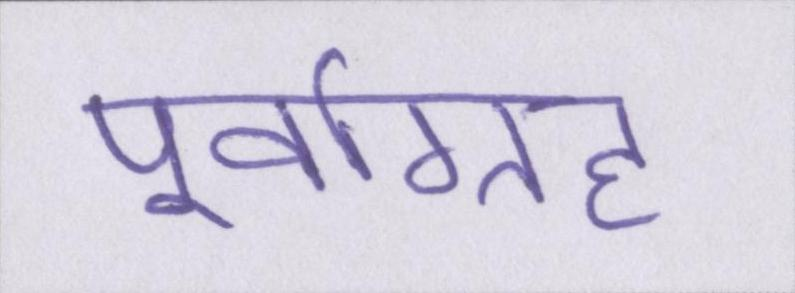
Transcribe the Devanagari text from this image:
पूर्वाग्रह